Rae_vallavalitsus, lk 92
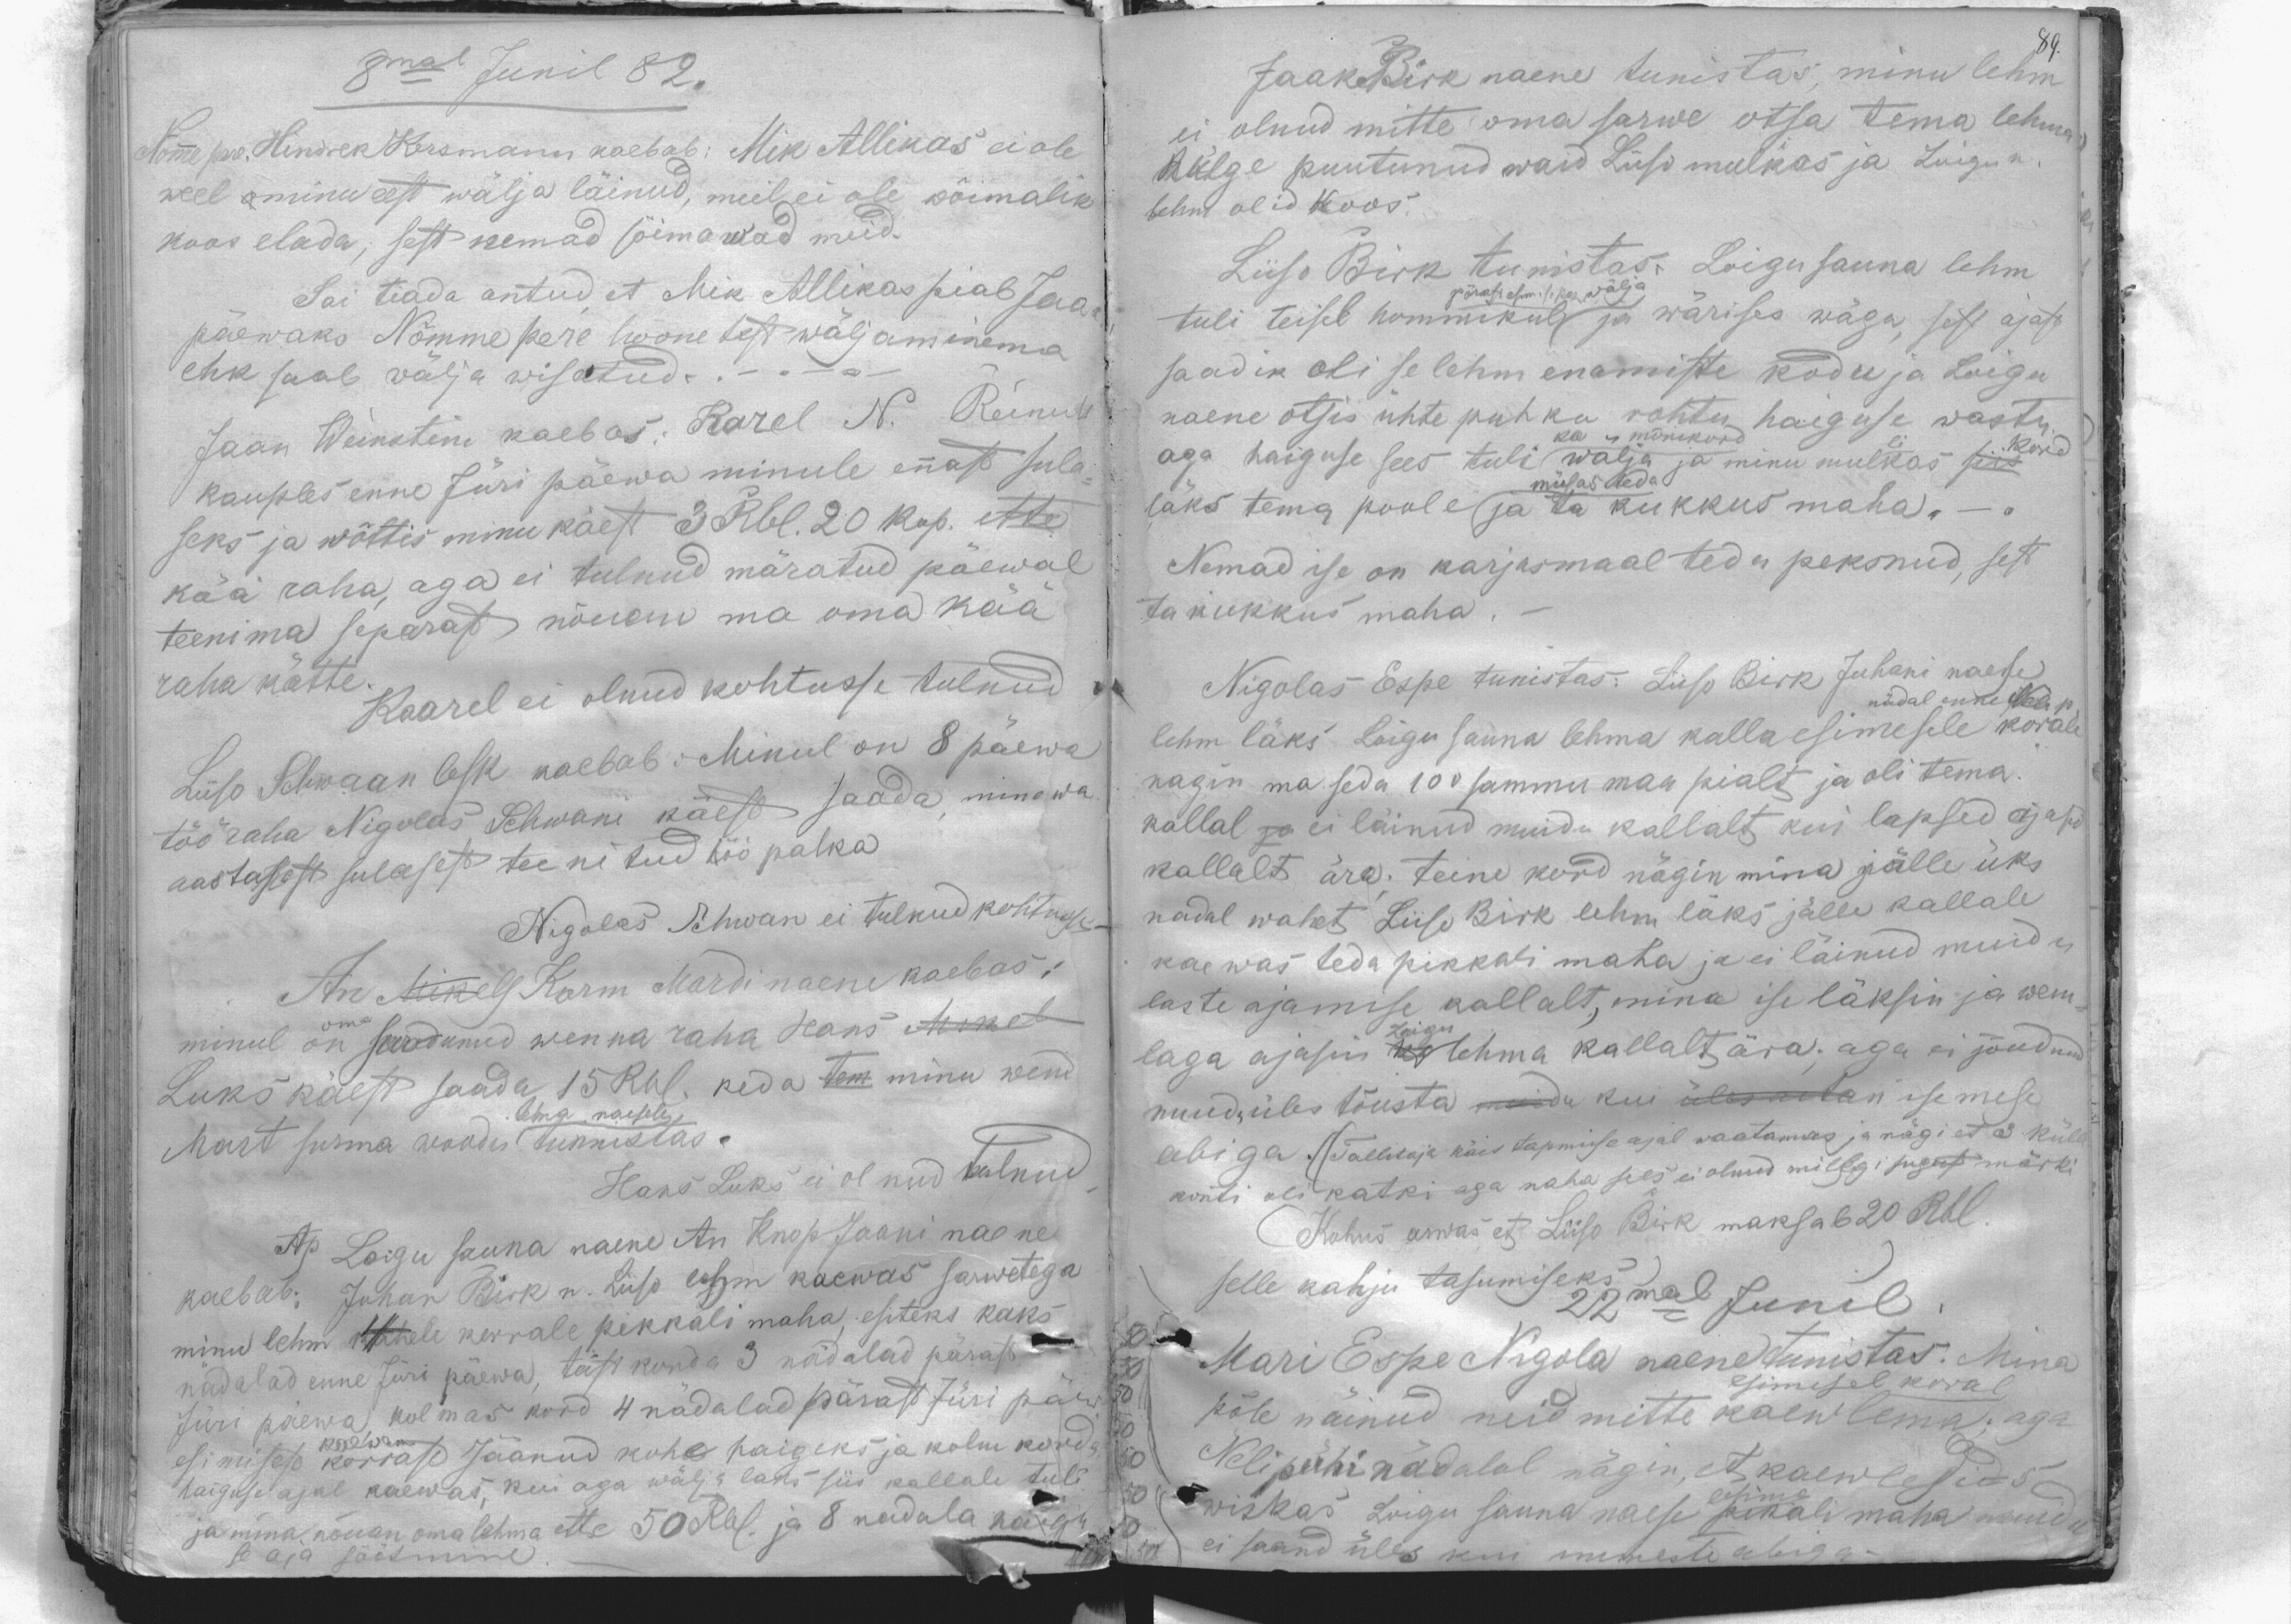
8mal Junil 82.
Nõmme pere. Hindrek Kersmann kaebab: Mik Allikas ei ole
weel ominu eest wälja läinud, meil ei ole wõimalik
koos elada; sest nemad sõimawad meid.
Sai tiada antud, et Mik Allikas piab Jaan
päewaks Nõmme pere hoonetest wäljaminema
ehk saab wälja wisatud. -"-
Jaan Weinstein kaebas: Karel N. Reinul
kauples enne Jüri päewa minule ennast sula-
seks ja wõttis minu käest 3 Rbl. 20 kop. ette
kää raha, aga ei tulnud märatud päewal
teenima separast nõuan ma oma kää
raha kätte.
Kaarel ei olnud kohtusse tulnud
Liiso Schwaan lesk kaebab: Minul on 8 päewa
töö raha Nigolas Schwani käest saada, minewa
aastasest sulasest teenitud töö palka
Nigolas Schwan ei tulnud kohtusse
An Mikels Karm Mardi naene kaebas:
minul on oma surdunud wenna raha Hans Mikel
Luks käest saada 15 Rbl. keda tem minu wend
oma naesele
Mart surma woodis tunnistas.
Hans Luks ei olnud tulnud
Ap Loigu sauna naene An Knop Jaani naine
kaebab: Juhan Birk n. Liiso lehm kaewas sarwetega
minu lehm 4hele kerrale pikkali maha, esiteks kaks
nädalad enne Jüri päewa, teist korda 3 nädalad pärast
Jüri päewa, kolmas kord 4 nädalad pärast Jüri päew
esimisest korrast Jäänud kohe haigeks ja kolm korda
kaewam
haiguse ajal kaewas, kui aga wälja laks siis kallale tuli
ja mina nõuan oma lehma ette 50 Rbl. ja 8 nadala haigu
se aja söötmine

JaakBirk naene tunistas, minu lehm
89.
ei olnud mitte oma sarwe otsa tema lehma
külge puutunud waid Liiso mulkas ja Luigu n
lehm olid koos.
Liiso Birk tunistas. Loigu sauna lehm
tuli teisel hommikul ja wärises wäga, sest ajast
pärast esimese kae wälja
saadik oli se lehm enamiste kodu ja Loigu
naene otsis ühte puhku rohtu haiguse wastu
aga haiguse sees tuli ka mõnikord wälja ja minu mullikas siis kord
müsas teda
läks tema poole ja ta kukkus maha. - .
Nemad ise on karjasmaal teda peksnud, sest
ta kukkus maha.
Nigolas Espe tunistas: Liiso Birk Juhani naese
lehm läks Loigu sauna lehma kalla esimesele korale
nädal enne Neli p
nagin ma seda 100 sammu maa pialt ja oli tema
kallal ja ei läinud muidu kallalt kui lapsed ajasid
kallalt ära; teine kord nägin mina jälle üks
nadal wahet Liiso Birk lehm läks jälle kallale
kaewas teda pikkali maha ja ei läinud muidu
laste ajamise kallalt, mina ise läksin ja wem-
laga ajasin Loigu lehma kallalt ära; aga ei jõudnud
muidu üles tõusta muidu kui üles aitan isemese
abiga. ((Tallitaja käis tapmise ajal waatamas ja nägi et 3 külle
konti oli katki aga naha sees ei olnud millgi sugust märki
Kohus arwas, et Liiso Birk maksab 20 Rbl.
selle kahju tasumiseks 22mal Junil.
Mari Espe Nigola naene tunistas: Mina
põle näinud neid mitte kaewlema: aga
esimesel koral
Nelipühi nädalal nägin, et kaewlesid 5
wiskas Loigu sauna naese lehma pikali maha muidu
ei saand üles kui inemeste abiga -